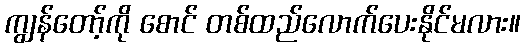
ကျွန်တော့်ကို စောင် တစ်ထည်လောက်ပေးနိုင်မလား။